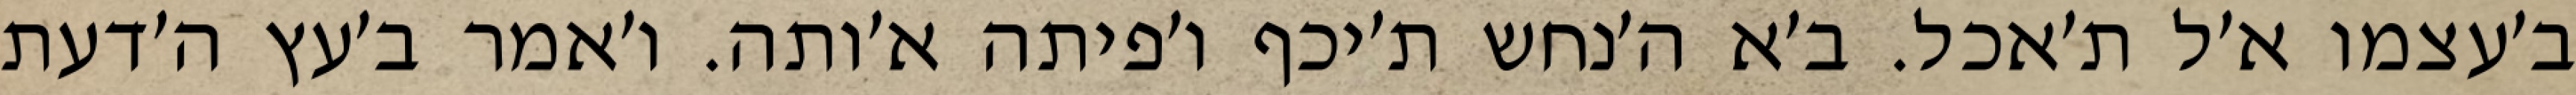
ב׳עצמו א׳ל ת׳אכל. ב׳א ה׳נחש ת׳יכף ו׳פיתה א׳ותה. ו׳אמר ב׳עץ ה׳דעת